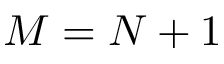
M = N + 1